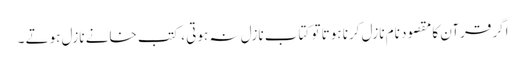
اگر قرآن کا مقصود نام نازل کرنا ہوتا تو کتاب نازل نہ ہوتی ، کتب خانے نازل ہوتے ۔